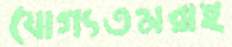
যোগ্যতমরাই